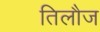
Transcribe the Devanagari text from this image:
तिलौज